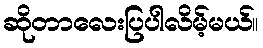
ဆိုတာလေးပြပါလိမ့်မယ်။